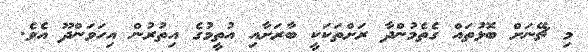
މި ޗޭނަށް ބޮޅުތައް ގެތެމުންދާ ރަށްތަކަކީ ބާރަށާއި އުތީމުގެ އިތުރުން އިހަވަންދޫ އެވެ.